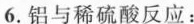
6.铝与稀硫酸反应：